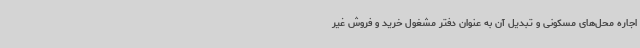
اجاره محل‌های مسکونی و تبدیل آن به عنوان دفتر مشغول خرید و فروش غیر